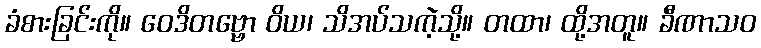
ခံစားခြင်းကို။ ဝေဒိတဗ္ဗော ဝိယ၊ သိအပ်သကဲ့သို့။ တထာ၊ ထို့အတူ။ ခီဏာသဝ